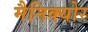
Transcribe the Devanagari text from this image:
मैनिक्‍योर